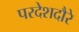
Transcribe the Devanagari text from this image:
परदेशदौरे